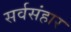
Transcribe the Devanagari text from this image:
सर्वसंहार